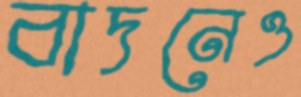
বাদনেও